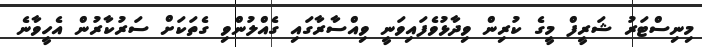
މިނިސްޓަރު ޝަރީފް މީގެ ކުރިން ވިދާޅުވެފައިވަނީ ވިއްސާރާގައި ގެއްލުންވި ގެތަކަށް ސަރުކާރުން އެހީވާނެ